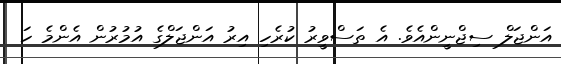
އަންޖަލް ސިޖްނީންއެވެ. އެ ތަސްވީރު ކުރެހި އިރު އަންޖަލްގެ އުމުރުން އެންމެ ހަ